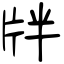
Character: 牉